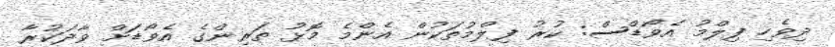
ދިވެހި ފިލްމު އެވޯޑްސް: ކުރު ފިލްމުތަކުން އެންމެ މޮޅު ތަރިންގެ އެވޯޑަށް ވާދަކުރާ